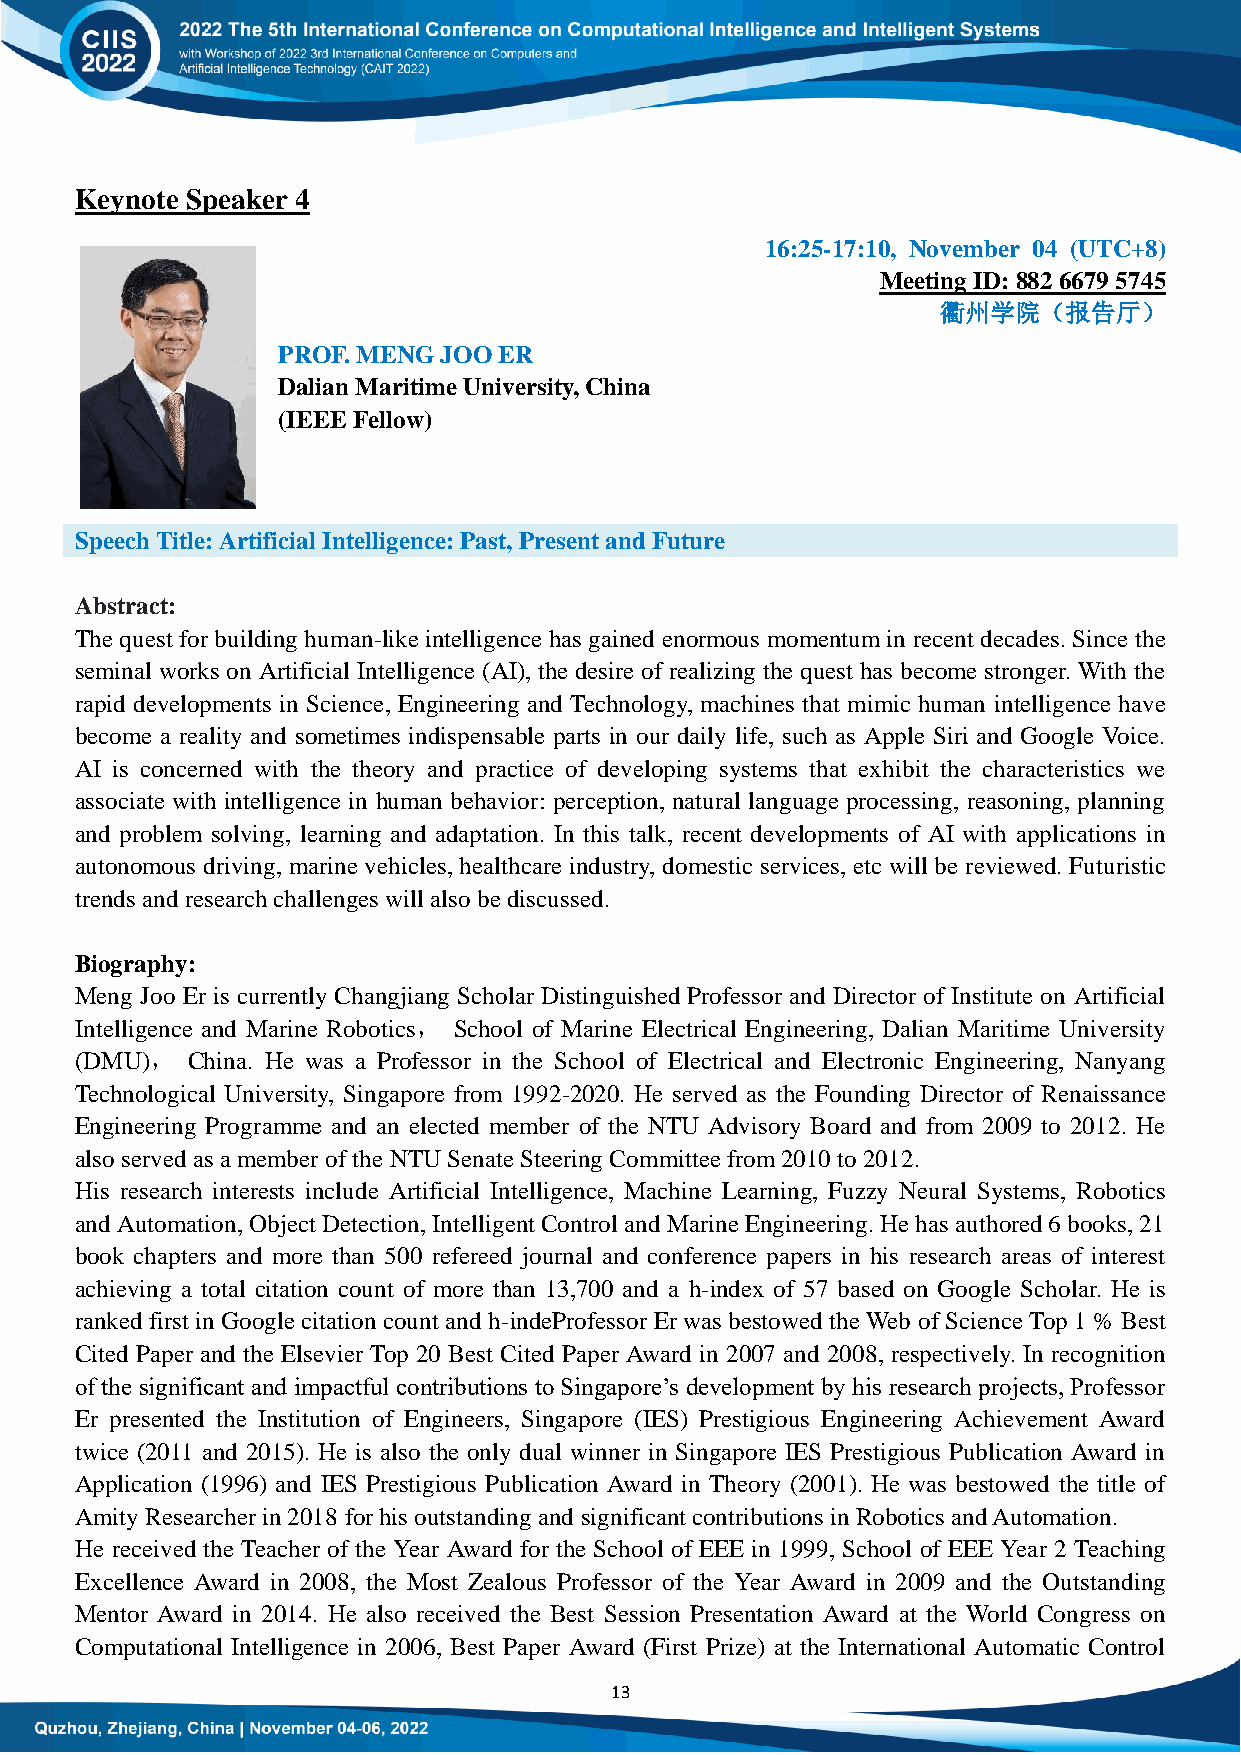
Keynote Speaker 4
 16:25-17:10, November 04 (UTC+8)
 Meeting ID: 882 6679 5745
 衢州学院（报告厅）
 PROF. MENG JOO ER
 Dalian Maritime University, China
 (IEEE Fellow)
 Speech Title: Artificial Intelligence: Past, Present and Future
 Abstract:
 The quest for building human-like intelligence has gained enormous momentum in recent decades. Since the
 seminal works on Artificial Intelligence (AI), the desire of realizing the quest has become stronger. With the
 rapid developments in Science, Engineering and Technology, machines that mimic human intelligence have
 become a reality and sometimes indispensable parts in our daily life, such as Apple Siri and Google Voice.
 AI is concerned with the theory and practice of developing systems that exhibit the characteristics we
 associate with intelligence in human behavior: perception, natural language processing, reasoning, planning
 and problem solving, learning and adaptation. In this talk, recent developments of AI with applications in
 autonomous driving, marine vehicles, healthcare industry, domestic services, etc will be reviewed. Futuristic
 trends and research challenges will also be discussed.
 Biography:
 Meng Joo Er is currently Changjiang Scholar Distinguished Professor and Director of Institute on Artificial
 Intelligence and Marine Robotics， School of Marine Electrical Engineering, Dalian Maritime University
 (DMU)， China. He was a Professor in the School of Electrical and Electronic Engineering, Nanyang
 Technological University, Singapore from 1992-2020. He served as the Founding Director of Renaissance
 Engineering Programme and an elected member of the NTU Advisory Board and from 2009 to 2012. He
 also served as a member of the NTU Senate Steering Committee from 2010 to 2012.
 His research interests include Artificial Intelligence, Machine Learning, Fuzzy Neural Systems, Robotics
 and Automation, Object Detection, Intelligent Control and Marine Engineering. He has authored 6 books, 21
 book chapters and more than 500 refereed journal and conference papers in his research areas of interest
 achieving a total citation count of more than 13,700 and a h-index of 57 based on Google Scholar. He is
 ranked first in Google citation count and h-indeProfessor Er was bestowed the Web of Science Top 1 % Best
 Cited Paper and the Elsevier Top 20 Best Cited Paper Award in 2007 and 2008, respectively. In recognition
 of the significant and impactful contributions to Singapore‟s development by his research projects, Professor
 Er presented the Institution of Engineers, Singapore (IES) Prestigious Engineering Achievement Award
 twice (2011 and 2015). He is also the only dual winner in Singapore IES Prestigious Publication Award in
 Application (1996) and IES Prestigious Publication Award in Theory (2001). He was bestowed the title of
 Amity Researcher in 2018 for his outstanding and significant contributions in Robotics and Automation.
 He received the Teacher of the Year Award for the School of EEE in 1999, School of EEE Year 2 Teaching
 Excellence Award in 2008, the Most Zealous Professor of the Year Award in 2009 and the Outstanding
 Mentor Award in 2014. He also received the Best Session Presentation Award at the World Congress on
 Computational Intelligence in 2006, Best Paper Award (First Prize) at the International Automatic Control
 13